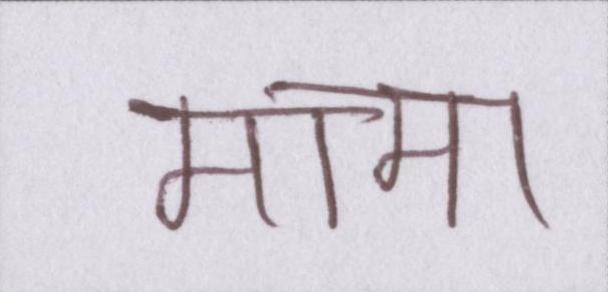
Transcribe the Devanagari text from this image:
मामा